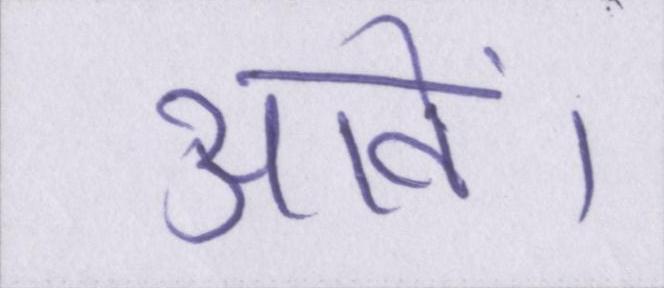
आवें।